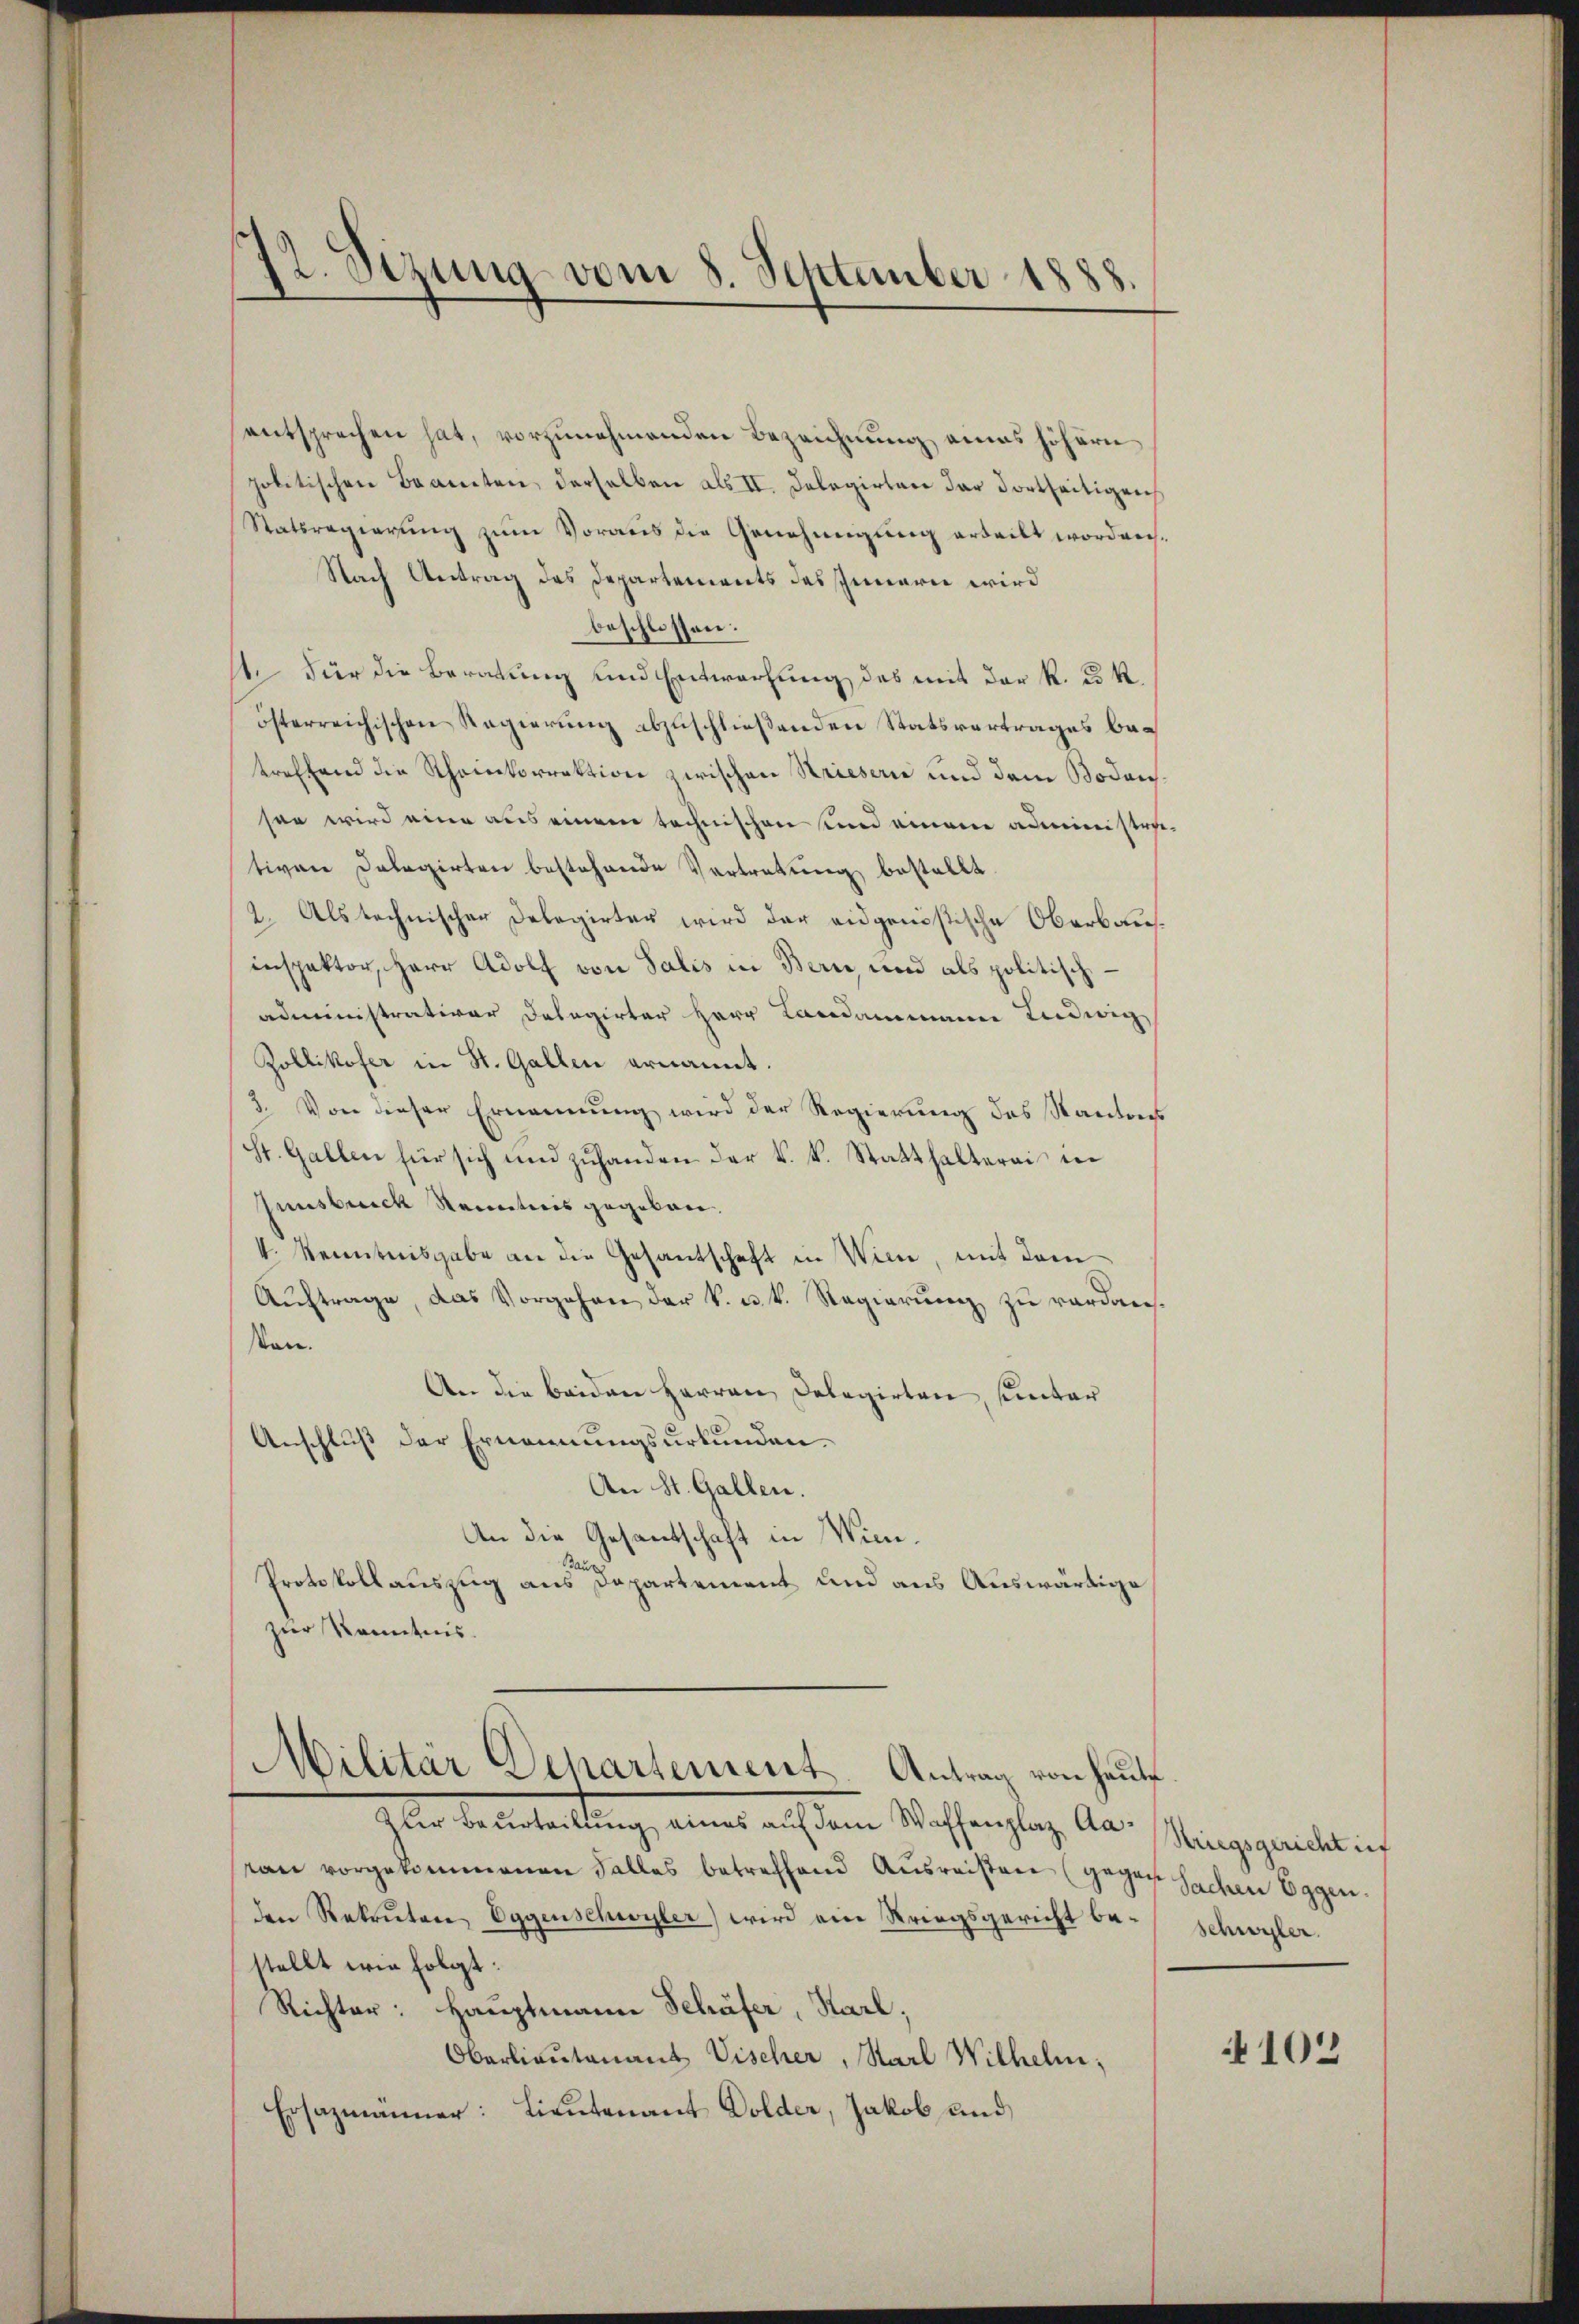
12. Sezung vom 8. September 1888.

entsprechen hat, vorzunehmenden Bezeichnung eines höhern
politischen Beamten, derselben als II. Delegirten der dortseitigen
Ratsregierung zum Voraus die Genehmigung erteilt worden.
Nach Antrag des Departements des Innerei wird
beschlossen:
t. Für die Beratung und Entwerfung des mit der k. k.
österreichischen Regierung abzuschließenden Statsvertrages betreffend die Rheinkorrektion zwischen Kriesern und dem Bodenssen wird eine aus einem technischen und einem administrativen Dalagirten bestehende Vertretung bestellt.
2. Als technischer Delegirter wird der eidgenößische Oberbauinspektor, Herr Adolf von Salis in Bern, und als politische
administrativer Delegirter Herr Landammann Ludwig
Zollikofer in St. Gallen ernannt.
3. Von dieser Ernennung wird der Regierung des Kantons
St. Gallen für sich und zŭhanden der k. k. Statthalterai in
Innsbrick Kenntnis gegeben.
V. Kenntnisgabe an die Gesantschaft in Wien, mit dem
Aŭftrage, das Vorgehen der k. u. k. Regierung zu verdansen.
An die beiden Herren Delegirten, unter
Anschluß der Ernennungsurkunden.
An St. Gallen.
An die Gesantschaft in Win¬
Bauz
Protokollauszug aus Departement und aus Auswärtige
zur Kenntnis.
Militär Departement. Antrag von heute
Iter Bestaltung, eines auf den Wassenstag. An singegentlich
ean vorgekommenen Falles betreffend Ausreisten (gegen Sachen Eggen.
den Rekruten Eggenschwyler) wird ein Kriegsgericht be-Schwyler
stellt wie folgt:
Richter: Hauptmann Schäfer, Karl,
Oberlieutenant Vischer, Karl Wilhelm,
Ersazmänner: Lieutenant Dolder, Jakob und

102